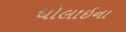
ધોલાઇના